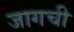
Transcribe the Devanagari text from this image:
जागची